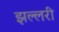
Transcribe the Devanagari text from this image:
झल्लरी